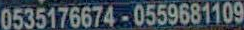
0535176674-0559681109